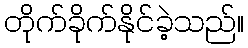
တိုက်ခိုက်နိုင်ခဲ့သည်။